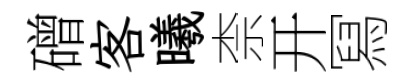
磳客曦柰开冩